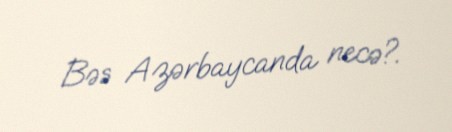
Bəs Azərbaycanda necə?.